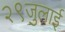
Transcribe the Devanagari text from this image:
२९जुलाई